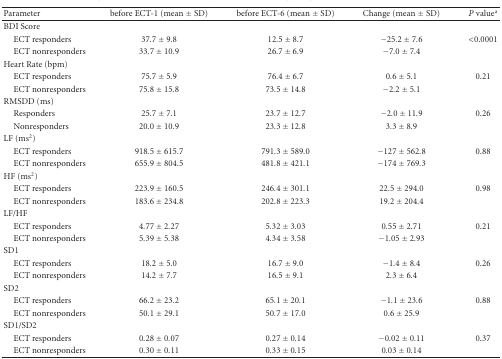
<table><thead><tr><td><b>Parameter</b></td><td><b>before ECT-1 (mean ± SD)</b></td><td><b>before ECT-6 (mean ± SD)</b></td><td><b>Change (mean ± SD)</b></td><td><b><i>P</i> value<sup>a</sup></b></td></tr></thead><tbody><tr><td>BDI Score</td><td> </td><td> </td><td> </td><td> </td></tr><tr><td> ECT responders</td><td>37.7 ± 9.8</td><td>12.5 ± 8.7</td><td>−25.2 ± 7.6</td><td>&lt;0.0001</td></tr><tr><td> ECT nonresponders</td><td>33.7 ± 10.9</td><td>26.7 ± 6.9</td><td>−7.0 ± 7.4</td><td> </td></tr><tr><td>Heart Rate (bpm)</td><td> </td><td> </td><td> </td><td> </td></tr><tr><td> ECT responders</td><td>75.7 ± 5.9</td><td>76.4 ± 6.7</td><td>0.6 ± 5.1</td><td>0.21</td></tr><tr><td> ECT nonresponders</td><td>75.8 ± 15.8</td><td>73.5 ± 14.8</td><td>−2.2 ± 5.1</td><td> </td></tr><tr><td>RMSDD (ms)</td><td> </td><td> </td><td> </td><td> </td></tr><tr><td> Responders</td><td>25.7 ± 7.1</td><td>23.7 ± 12.7</td><td>−2.0 ± 11.9</td><td>0.26</td></tr><tr><td> Nonresponders</td><td>20.0 ± 10.9</td><td>23.3 ± 12.8</td><td>3.3 ± 8.9</td><td> </td></tr><tr><td>LF (ms<sup>2</sup>)</td><td> </td><td> </td><td> </td><td> </td></tr><tr><td> ECT responders</td><td>918.5 ± 615.7</td><td>791.3 ± 589.0</td><td>−127 ± 562.8</td><td>0.88</td></tr><tr><td> ECT nonresponders</td><td>655.9 ± 804.5</td><td>481.8 ± 421.1</td><td>−174 ± 769.3</td><td> </td></tr><tr><td>HF (ms<sup>2</sup>)</td><td> </td><td> </td><td> </td><td> </td></tr><tr><td> ECT responders</td><td>223.9 ± 160.5</td><td>246.4 ± 301.1</td><td>22.5 ± 294.0</td><td>0.98</td></tr><tr><td> ECT nonresponders</td><td>183.6 ± 234.8</td><td>202.8 ± 223.3</td><td>19.2 ± 204.4</td><td> </td></tr><tr><td>LF/HF</td><td> </td><td> </td><td> </td><td> </td></tr><tr><td> ECT responders</td><td>4.77 ± 2.27</td><td>5.32 ± 3.03</td><td>0.55 ± 2.71</td><td>0.21</td></tr><tr><td> ECT nonresponders</td><td>5.39 ± 5.38</td><td>4.34 ± 3.58</td><td>−1.05 ± 2.93</td><td> </td></tr><tr><td>SD1</td><td> </td><td> </td><td> </td><td> </td></tr><tr><td> ECT responders</td><td>18.2 ± 5.0</td><td>16.7 ± 9.0</td><td>−1.4 ± 8.4</td><td>0.26</td></tr><tr><td> ECT nonresponders</td><td>14.2 ± 7.7</td><td>16.5 ± 9.1</td><td>2.3 ± 6.4</td><td> </td></tr><tr><td>SD2</td><td> </td><td> </td><td> </td><td> </td></tr><tr><td> ECT responders</td><td>66.2 ± 23.2</td><td>65.1 ± 20.1</td><td>−1.1 ± 23.6</td><td>0.88</td></tr><tr><td> ECT nonresponders</td><td>50.1 ± 29.1</td><td>50.7 ± 17.0</td><td>0.6 ± 25.9</td><td> </td></tr><tr><td>SD1/SD2</td><td> </td><td> </td><td> </td><td> </td></tr><tr><td> ECT responders</td><td>0.28 ± 0.07</td><td>0.27 ± 0.14</td><td>−0.02 ± 0.11</td><td>0.37</td></tr><tr><td> ECT nonresponders</td><td>0.30 ± 0.11</td><td>0.33 ± 0.15</td><td>0.03 ± 0.14</td><td> </td></tr></tbody></table>